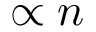
\propto n